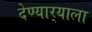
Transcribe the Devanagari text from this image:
देण्यार्‍याला